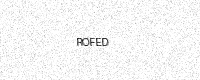
Text: ROFED